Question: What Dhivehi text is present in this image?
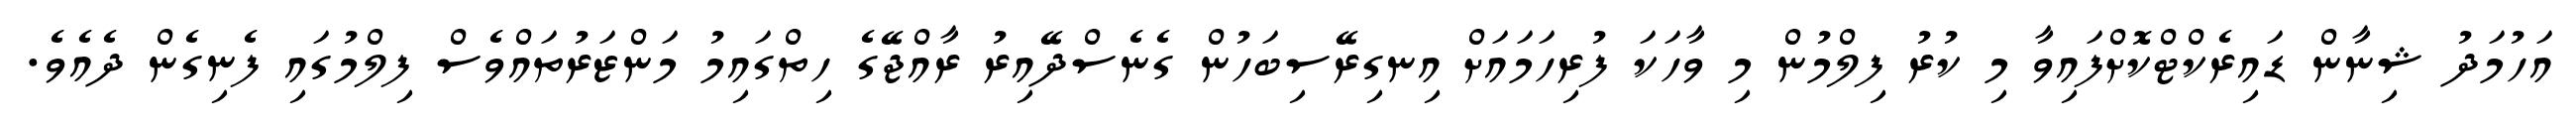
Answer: އަހުމަދު ޝިނާން ޑައިރެކްޓްކޮށްފައިވާ މި ކުރު ފިލްމުން މި ވާހަކަ ފުރިހަމައަށް އިނގިރޭސިބަހުން ގެނެސްދޭއިރު ރާއްޖޭގެ ހިތްގައިމު މަންޒަރުތައްވެސް ފިލްމުގައި ފެނިގެން ދެއެވެ.